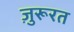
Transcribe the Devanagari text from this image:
ज़ुरूरत